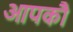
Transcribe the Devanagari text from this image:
आपकौ